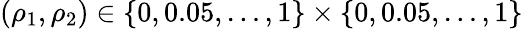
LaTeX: (\rho_{1},\rho_{2})\in\{ 0,0.05,\dots,1\} \times\{ 0,0.05,\dots,1\}